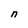
Character: n